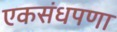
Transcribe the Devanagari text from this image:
एकसंधपणा